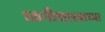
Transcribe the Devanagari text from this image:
ध्वनीशास्त्राच्या